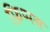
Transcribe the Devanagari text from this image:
फ़िप्पस